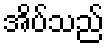
အိပ်သည်